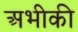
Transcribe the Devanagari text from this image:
अभीकी